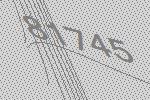
81745